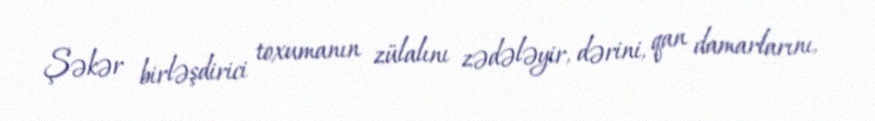
Şəkər birləşdirici toxumanın zülalını zədələyir, dərini, qan damarlarını,